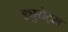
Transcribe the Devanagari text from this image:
ड्युयेट्स